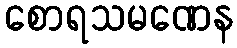
စောရသမဏေန